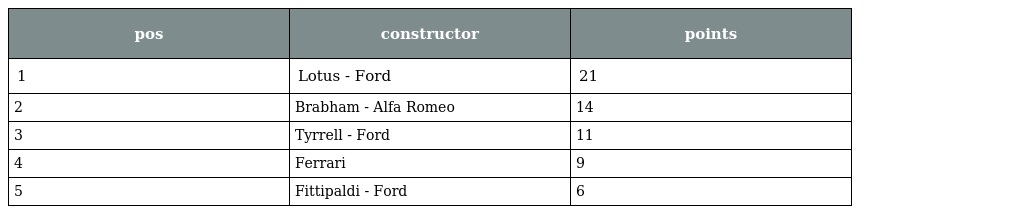
| pos | constructor | points |
 | --- | --- | --- |
 | 1 | Lotus - Ford | 21 |
 | 2 | Brabham - Alfa Romeo | 14 |
 | 3 | Tyrrell - Ford | 11 |
 | 4 | Ferrari | 9 |
 | 5 | Fittipaldi - Ford | 6 |